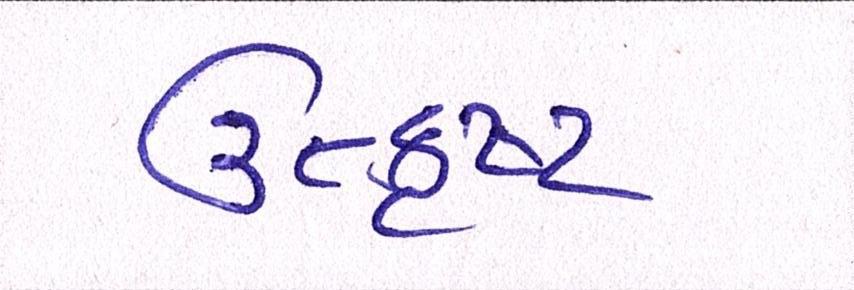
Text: ઉત્કૃષ્ટ